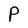
Character: P